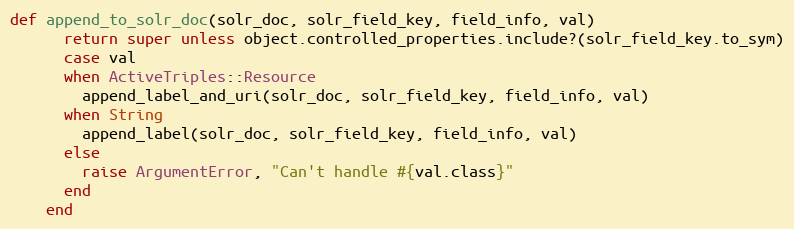
Language: Ruby
def append_to_solr_doc(solr_doc, solr_field_key, field_info, val)
      return super unless object.controlled_properties.include?(solr_field_key.to_sym)
      case val
      when ActiveTriples::Resource
        append_label_and_uri(solr_doc, solr_field_key, field_info, val)
      when String
        append_label(solr_doc, solr_field_key, field_info, val)
      else
        raise ArgumentError, "Can't handle #{val.class}"
      end
    end